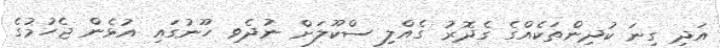
އަދި ގިނަ ކުދިންތަކެއްގެ ގެދޮރު ގެއްލި ސްކޫލަށް ނުދެވި ހޫނުގައި އުޅެން ޖެހުމުގެ